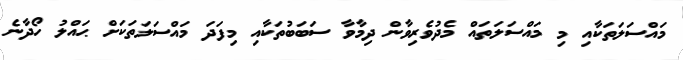
މައްސަލަތަކާއި މި މައްސަލަތައް މެދުވެރިވާން ދިމާވާ ސަބަބުތަކާއި މިފަދަ މައްސަލަތަކަށް ޙައްލު ހޯދާނެ